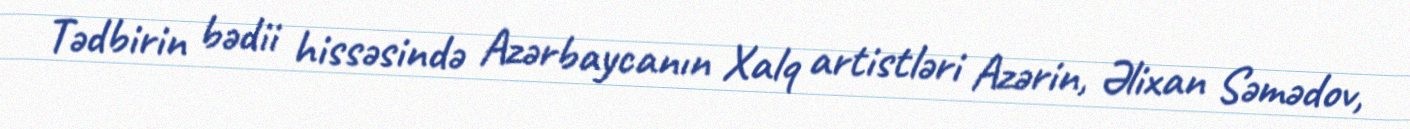
Tədbirin bədii hissəsində Azərbaycanın Xalq artistləri Azərin, Əlixan Səmədov,